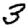
Digit: 3